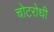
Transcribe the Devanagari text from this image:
चोटरोधी